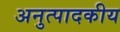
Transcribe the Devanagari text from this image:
अनुत्पादकीय